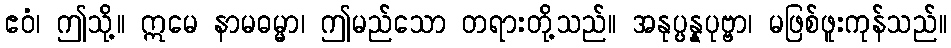
ဧဝံ၊ ဤသို့။ ဣမေ နာမဓမ္မာ၊ ဤမည်သော တရားတို့သည်။ အနုပ္ပန္နပုဗ္ဗာ၊ မဖြစ်ဖူးကုန်သည်။